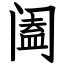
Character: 阖